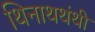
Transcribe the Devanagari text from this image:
थिनाथथंथी